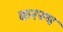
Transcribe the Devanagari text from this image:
करस्थ